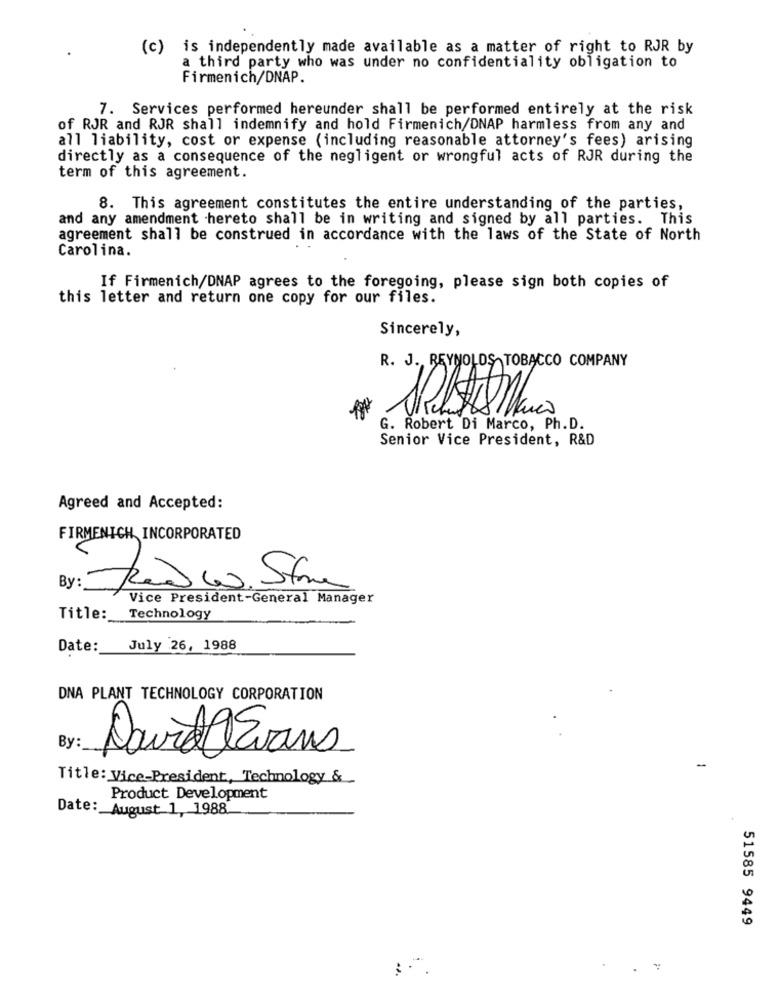
(c) is independently made available as a matter of right to RJR by
a third party who was under no confidentiality obligation to
Firmenich/DNAP.
7. Services performed hereunder shall be performed entirely at the risk
of RJR and RJR shall indemnify and hold Firmenich/DNAP harmless from any and
all liability, cost or expense (including reasonable attorney's fees) arising
directly as a consequence of the negligent or wrongful acts of RJR during the
term of this agreement.
8. This agreement constitutes the entire understanding of the parties,
and any amendment hereto shall be in writing and signed by all parties. This
agreement shall be construed in accordance with the laws of the State of North
Carolina.
If Firmenich/DNAP agrees to the foregoing, please sign both copies of
this letter and return one copy for our files.
Sincerely,
R. J. REYNOLDS TOBACCO COMPANY
G. Robert Di Marco, Ph.D.
Senior Vice President, R&D
Agreed and Accepted:
FIRMENICH INCORPORATED
By:
Rad 6. Stane
Vice President-General Manager
Title :_
Technology
Date: July 26, 1988
DNA PLANT TECHNOLOGY CORPORATION
By:
David Evans
-
Title: Vice-President, Technology &
Product Development
Date: August 1, 1988
51585 9449